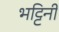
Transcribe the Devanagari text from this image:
भट्टिनी